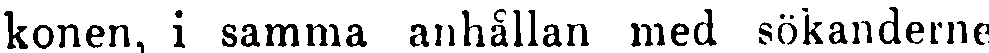
konen, i samma anhållan med sökänderne